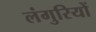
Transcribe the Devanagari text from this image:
लंगुरियों